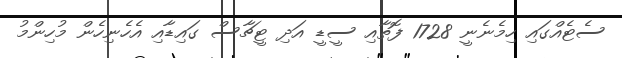
ސެޓެއްގައި ހިމެނެނީ 1728 ފޮތާއި ސީޑީ އަދި ޓީޗާސް ގައިޑާއި އެހެނިހެން މުހިންމު